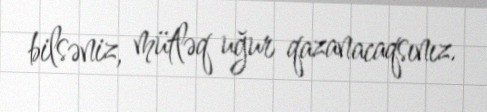
bilsəniz, mütləq uğur qazanacaqsınız.